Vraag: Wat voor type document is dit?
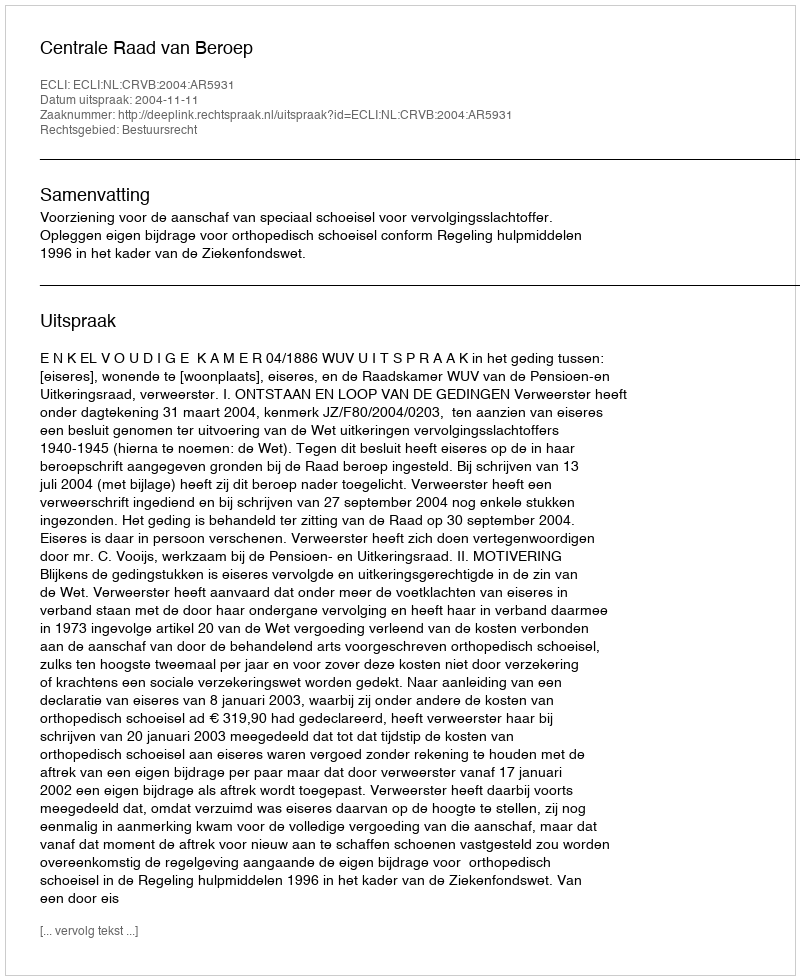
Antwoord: Uitspraak